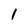
Character: 1